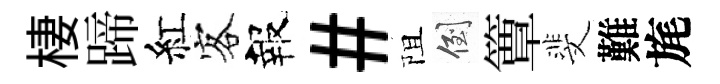
棲蹄紅客報#阻倒簟斐難旄